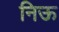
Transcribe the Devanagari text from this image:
निऊ